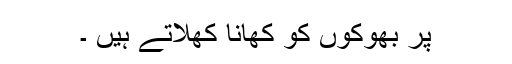
پر بھوکوں کو کھانا کھلاتے ہیں ۔